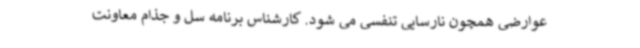
عوارضی همچون نارسایی تنفسی می شود. کارشناس برنامه سل و جذام معاونت